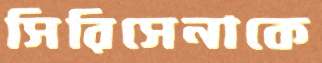
সিরিসেনাকে